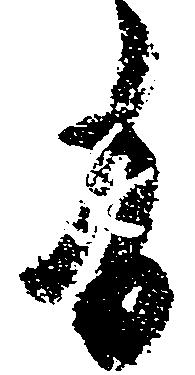
有